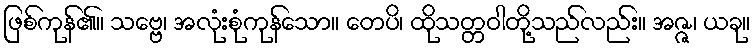
ဖြစ်ကုန်၏။ သဗ္ဗေ၊ အလုံးစုံကုန်သော။ တေပိ၊ ထိုသတ္တဝါတို့သည်လည်း။ အဇ္ဇ၊ ယခု။